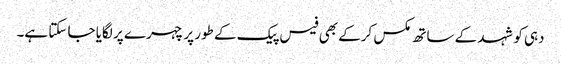
دہی کو شہد کے ساتھ مکس کرکے بھی فیس پیک کے طور پر چہرے پر لگایا جا سکتا ہے۔